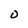
Character: O